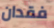
فقدان